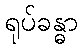
ရုပ်ခန္ဓာ